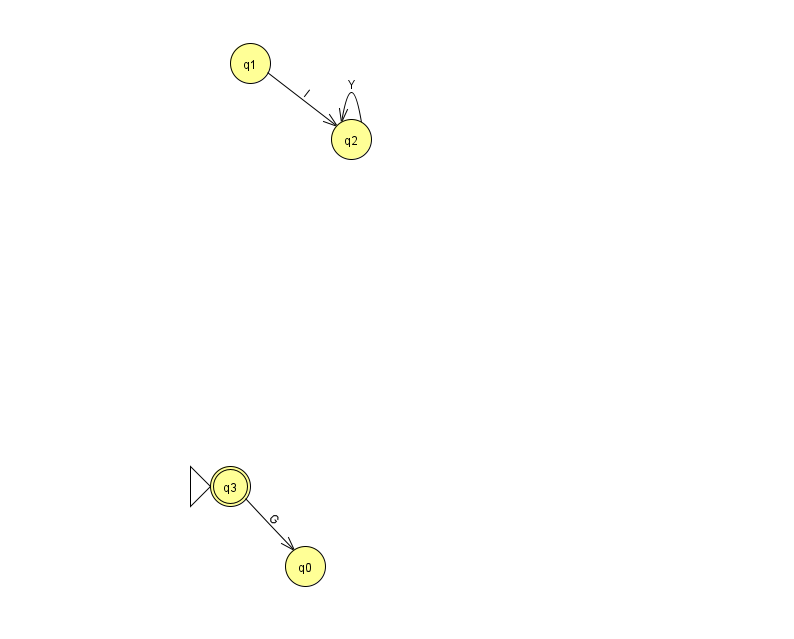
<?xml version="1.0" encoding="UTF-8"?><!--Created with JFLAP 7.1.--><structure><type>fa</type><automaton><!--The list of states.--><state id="0" name="q0"><x>305.0</x><y>553.0</y></state><state id="1" name="q1"><x>250.0</x><y>50.0</y></state><state id="2" name="q2"><x>351.0</x><y>126.0</y></state><state id="3" name="q3"><x>230.0</x><y>473.0</y><initial/><final/></state><!--The list of transitions.--><transition><from>1</from><to>2</to><read>l</read></transition><transition><from>3</from><to>0</to><read>G</read></transition><transition><from>2</from><to>2</to><read>Y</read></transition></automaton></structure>